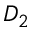
D _ { 2 }